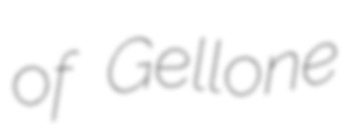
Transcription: of Gellone